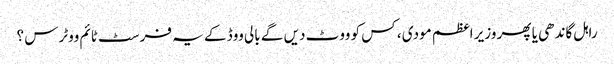
راہل گاندھی یا پھر وزیر اعظم مودی ، کس کو ووٹ دیں گے بالی ووڈ کے یہ فرسٹ ٹائم ووٹرس ؟